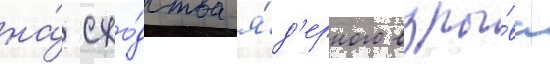
на́ схо́дства я́д'ерного взры́ва